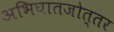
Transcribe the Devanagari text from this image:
अभिघातजोत्तर